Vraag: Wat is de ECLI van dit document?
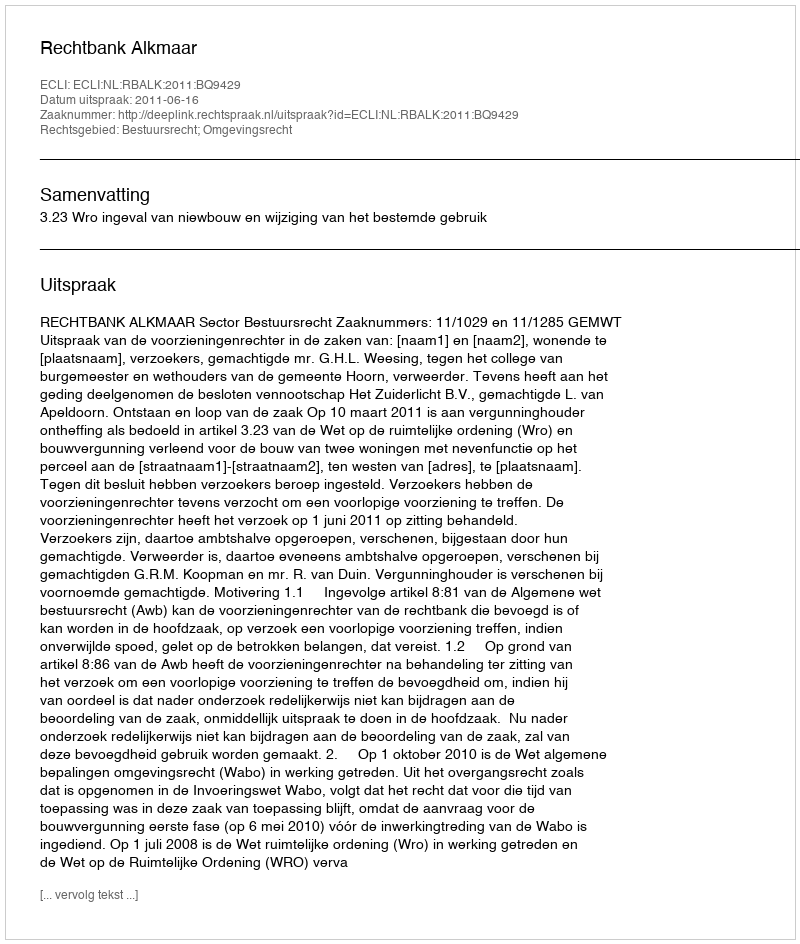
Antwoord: ECLI:NL:RBALK:2011:BQ9429